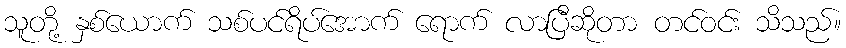
သူတို့ နှစ်ယောက် သစ်ပင်ရိပ်အောက် ရောက် လာပြီဆိုတာ တင်ဝင်း သိသည်။